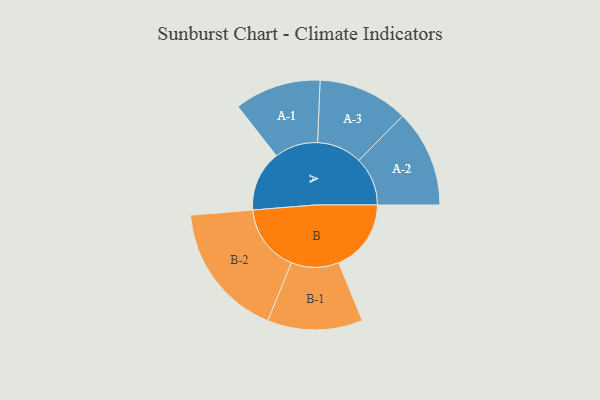
{"axis": {"x": "Segment", "y": "Value"}, "legend": ["", "A", "B"], "data": [{"x": "A", "y": 224, "type": ""}, {"x": "B", "y": 268, "type": ""}, {"x": "A-1", "y": 160, "type": "A"}, {"x": "A-2", "y": 180, "type": "A"}, {"x": "A-3", "y": 167, "type": "A"}, {"x": "B-1", "y": 176, "type": "B"}, {"x": "B-2", "y": 250, "type": "B"}]}